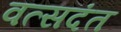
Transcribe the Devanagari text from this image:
वत्सदंत